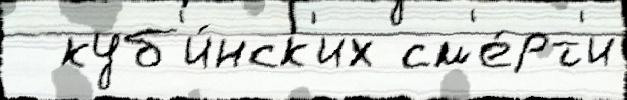
  куб'и́нск'их см'е́рт'и